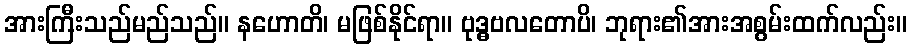
အားကြီးသည်မည်သည်။ နဟောတိ၊ မဖြစ်နိုင်ရာ။ ဗုဒ္ဓဗလတောပိ၊ ဘုရား၏အားအစွမ်းထက်လည်း။